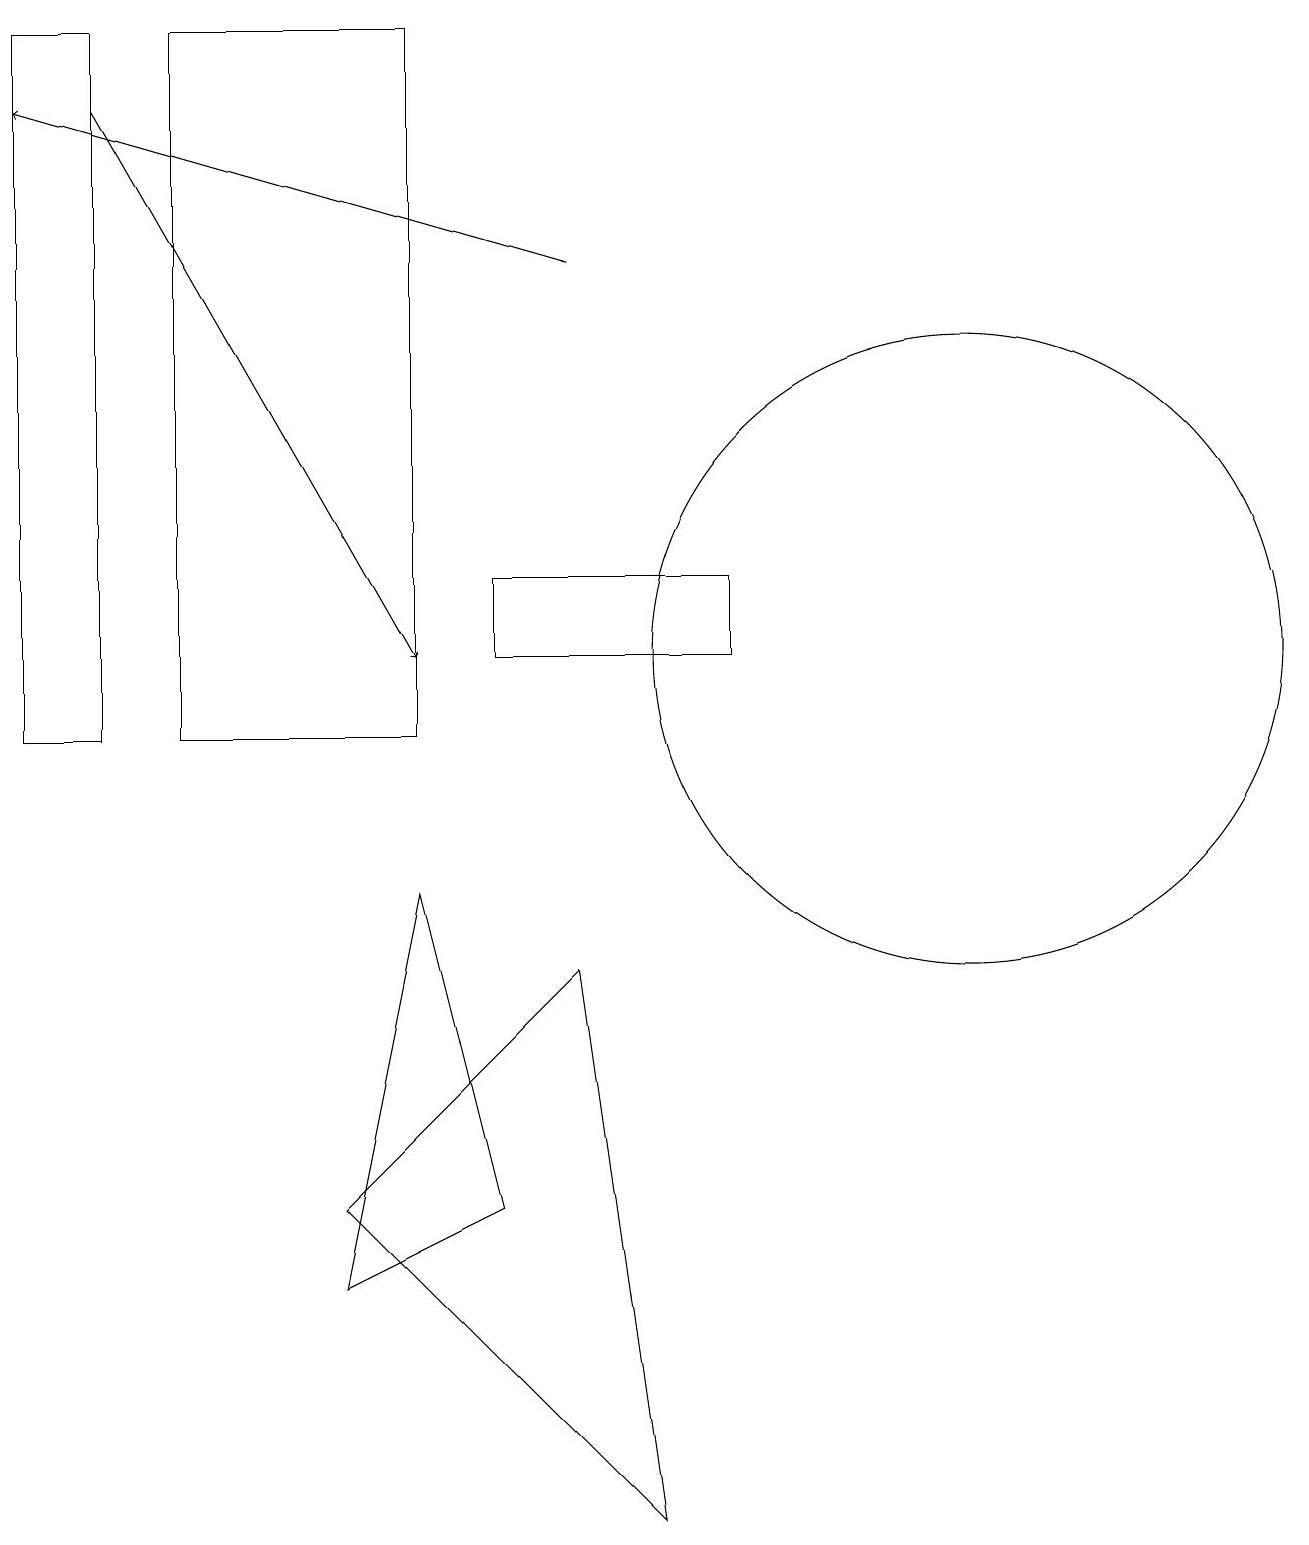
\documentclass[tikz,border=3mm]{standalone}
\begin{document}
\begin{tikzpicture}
\draw (4,3) -- (6,4) -- (5,8) -- cycle;
\draw (0,19) rectangle (1,10);
\draw (2,10) rectangle (5,19);
\draw[->] (1,18) -- (5,11);
\draw (12,11) circle (4);
\draw (8,0) -- (7,7) -- (4,4) -- cycle;
\draw[->] (7,16) -- (0,18);
\draw (9,11) rectangle (6,12);
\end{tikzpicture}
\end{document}